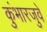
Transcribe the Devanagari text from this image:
कुंभारजुवे